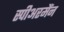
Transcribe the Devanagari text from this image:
स्पीअरमैंन